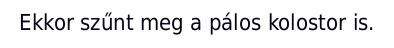
Ekkor szűnt meg a pálos kolostor is.